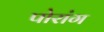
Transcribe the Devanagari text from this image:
पोरांग